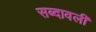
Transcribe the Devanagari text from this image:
सब्दावली